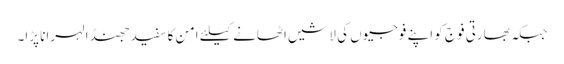
جبکہ بھارتی فوج کو اپنے فوجیوں کی لاشیں اٹھانے کیلئے امن کا سفید جھنڈا لہرانا پڑا۔